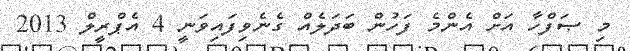
މި ޞަފްހާ އަށް އެންމެ ފަހުން ބަދަލެއް ގެނެވިފައިވަނީ 4 އެޕްރީލް 2013